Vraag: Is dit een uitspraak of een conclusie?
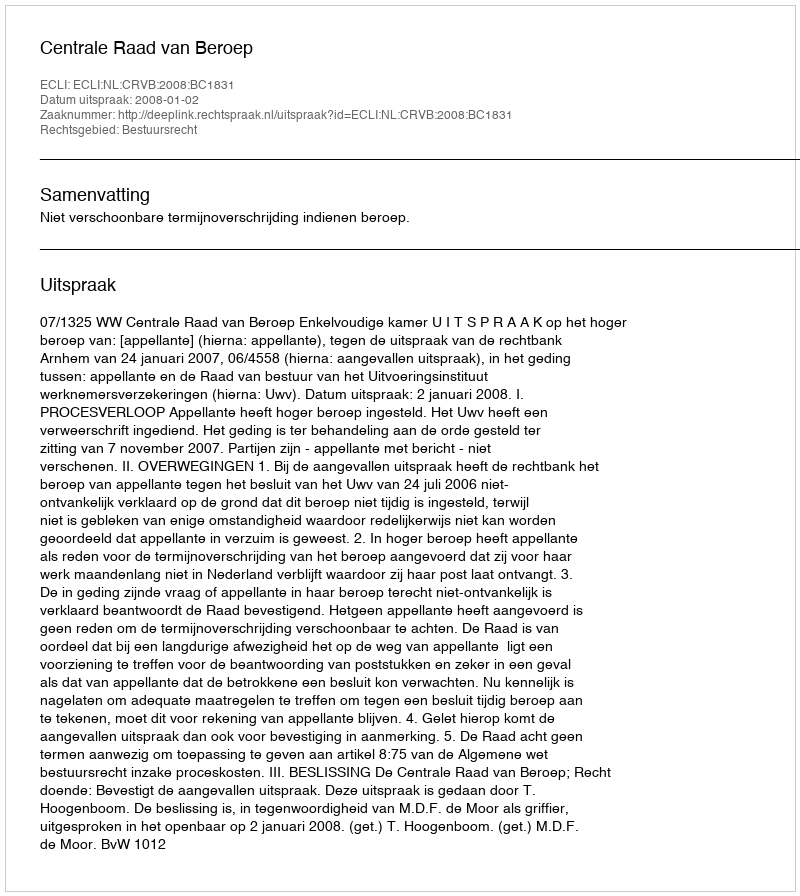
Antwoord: Uitspraak